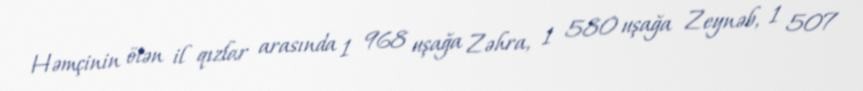
Həmçinin ötən il qızlar arasında 1 968 uşağa Zəhra, 1 580 uşağa Zeynəb, 1 507